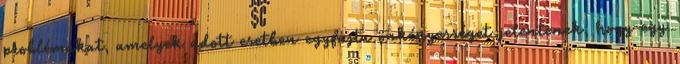
problémákat, amelyek adott esetben egyfajta önkényességet jelentenek, hogy egy